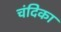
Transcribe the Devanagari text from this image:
चंदिका